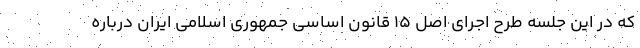
که در این جلسه طرح اجرای اصل ۱۵ قانون اساسی جمهوری اسلامی ایران درباره